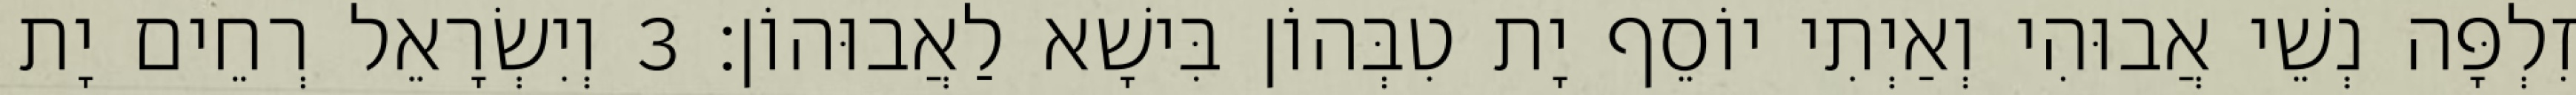
זִלְפָּה נְשֵׁי אֲבוּהִי וְאַיְתִי יוֹסֵף יָת טִבְּהוֹן בִּישָׁא לַאֲבוּהוֹן׃ 3 וְיִשְׂרָאֵל רְחֵים יָת